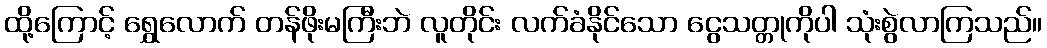
ထို့ကြောင့် ရွှေလောက် တန်ဖိုးမကြီးဘဲ လူတိုင်း လက်ခံနိုင်သော ငွေသတ္တုကိုပါ သုံးစွဲလာကြသည်။